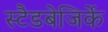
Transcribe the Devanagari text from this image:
स्टैडबेजिर्के